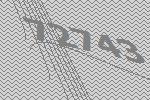
72743